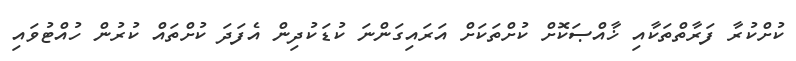
ކުށްކުރާ ފަރާތްތަކާއި ޚާއްޞަކޮށް ކުށްތަކަށް އަރައިގަންނަ ކުޑަކުދިން އެފަދަ ކުށްތައް ކުރުން ހުއްޓުވައި